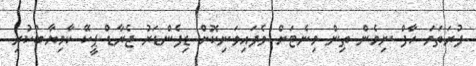
ފުރަތަމަ ހާފް ނިމެން ތިން މިނެޓަށް ވެފައިވަނިކޮށް ޑިފެންޑަރު ޖެރާޑް ޕީކޭ ކާމިޔާބުކުރި